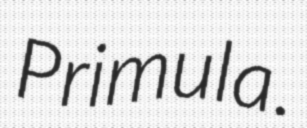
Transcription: Primula.